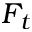
F _ { t }